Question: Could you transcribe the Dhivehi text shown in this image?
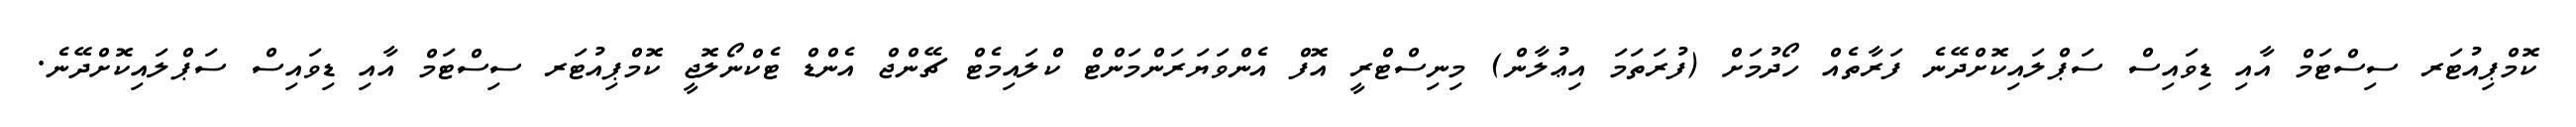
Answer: ކޮމްޕިއުޓަރ ސިސްޓަމް އާއި ޑިވައިސް ސަޕްލައިކޮށްދޭނެ ފަރާތެއް ހޯދުމަށް (ފުރަތަމަ އިޢުލާން) މިނިސްޓްރީ އޮފް އެންވަޔަރަންމަންޓް ކްލައިމެޓް ޗޭންޖް އެންޑް ޓެކްނޯލޮޖީ ކޮމްޕިއުޓަރ ސިސްޓަމް އާއި ޑިވައިސް ސަޕްލައިކޮށްދޭނެ.